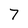
Character: 7